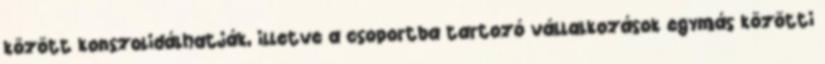
között konszolidálhatják, illetve a csoportba tartozó vállalkozások egymás közötti